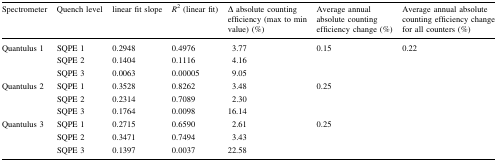
<table><thead><tr><td><b>Spectrometer</b></td><td><b>Quench level</b></td><td><b>linear fit slope</b></td><td><b><i>R</i><sup>2</sup> (linear fit)</b></td><td><b>Δ absolute counting efficiency (max to min value) (%)</b></td><td><b>Average annual absolute counting efficiency change (%)</b></td><td><b>Average annual absolute counting efficiency change for all counters (%)</b></td></tr></thead><tbody><tr><td rowspan="3">Quantulus 1</td><td>SQPE 1</td><td>0.2948</td><td>0.4976</td><td>3.77</td><td rowspan="3">0.15</td><td rowspan="9">0.22</td></tr><tr><td>SQPE 2</td><td>0.1404</td><td>0.1116</td><td>4.16</td></tr><tr><td>SQPE 3</td><td>0.0063</td><td>0.00005</td><td>9.05</td></tr><tr><td rowspan="3">Quantulus 2</td><td>SQPE 1</td><td>0.3528</td><td>0.8262</td><td>3.48</td><td rowspan="3">0.25</td></tr><tr><td>SQPE 2</td><td>0.2314</td><td>0.7089</td><td>2.30</td></tr><tr><td>SQPE 3</td><td>0.1764</td><td>0.0098</td><td>16.14</td></tr><tr><td rowspan="3">Quantulus 3</td><td>SQPE 1</td><td>0.2715</td><td>0.6590</td><td>2.61</td><td rowspan="3">0.25</td></tr><tr><td>SQPE 2</td><td>0.3471</td><td>0.7494</td><td>3.43</td></tr><tr><td>SQPE 3</td><td>0.1397</td><td>0.0037</td><td>22.58</td></tr></tbody></table>